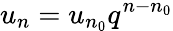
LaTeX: u_{n}=u_{n_{0}}q^{n-n_{0}}